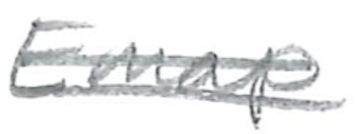
Text: Emap
Cross-out: double-line
Writing tool: pencil